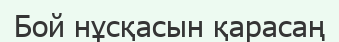
Бой нұсқасын қарасаң